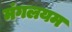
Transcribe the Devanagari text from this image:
मंगलयम